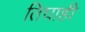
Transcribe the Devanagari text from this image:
तिघाही